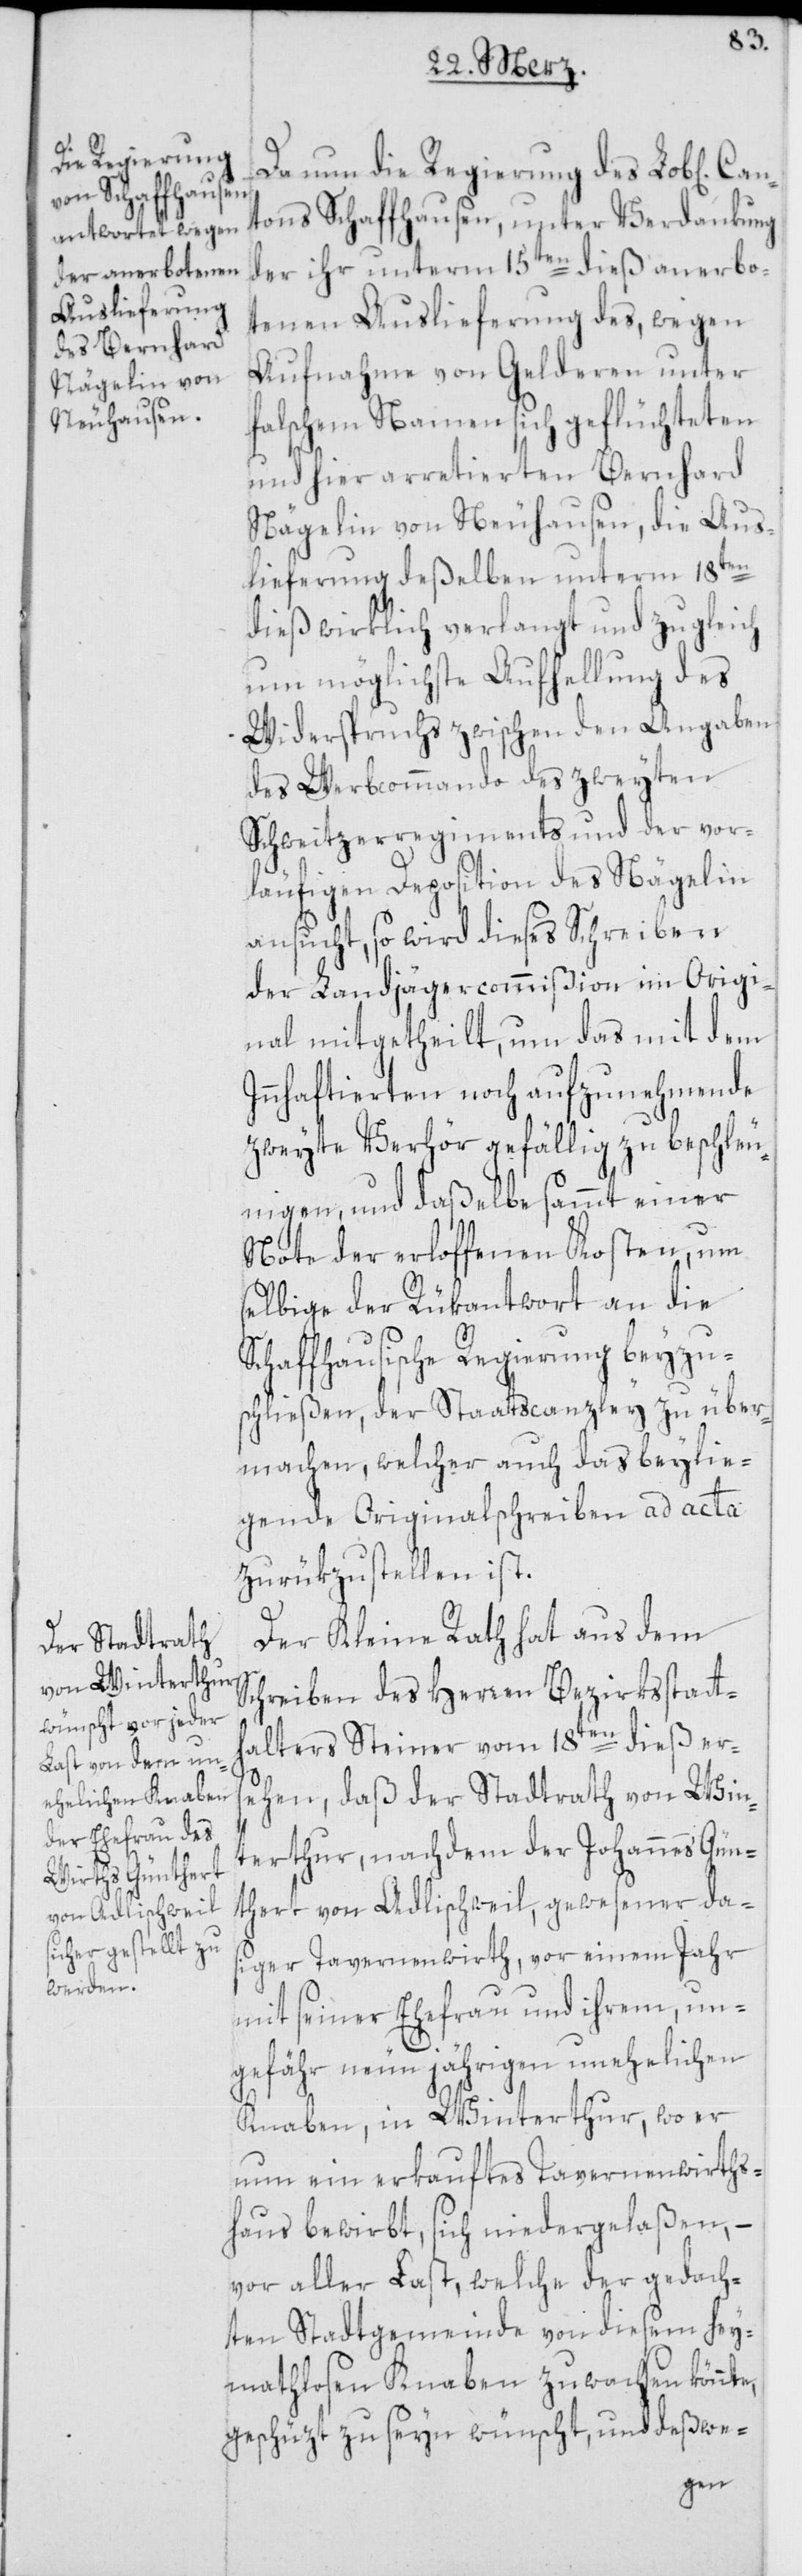
Can¬

Da nun die Regierung des Lob[lichen]
tons Schaffhausen, unter Verdankung
der ihr unterm 15ten dieß anerbo¬
tenen Auslieferung des, wegen
Aufnahme von Gelderen unter
falschem Namen sich geflüchteten
und hier arretierten Bernhard
Nägelin von Neuhausen, die Aus¬
lieferung deßelben unterm 18ten
dieß wirklich verlangt und zugleich
um möglichste Aufhellung des
Widerspruchs zwischen den Angaben
des Werbcommando des zweyten
Schweitzerregiments und der vor¬
läufigen Deposition des Nägelin
ansucht, so wird dieses Schreiben
der Landjägercommißion im Origi¬
nal mitgetheilt, um das mit dem
Innhaftierten noch aufzunehmende
zweyte Verhör gefällig zu beschleu¬
nigen, und daßelbe sammt einer
Note der erloffenen Kosten, um
selbige der Rükantwort an die
Schaffhausische Regierung beyzu¬
schließen, der Staatscanzley zu über¬
machen, welcher auch das beylie¬
gende Originalschreiben ad acta
zurükzustellen ist.
Der Kleine Rath hat aus dem
Schreiben des Herren Bezirksstatth¬
alters Steiner vom 18ten dieß ers¬
ehen, daß der Stadtrath von Win¬
terthur, nachdem der Johannes Gün¬
thert von Adlischweil, gewesener das¬
iger Tavernenwirth, vor einem Jahr
mit seiner Ehefrau und ihrem, un¬
gefähr neun jährigen unehelichen
Knaben, in Winterthur, wo er
nun ein erkauftes Tavernenwirths¬
haus bewirbt, sich niedergelaßen, –
vor aller Last, welche der gedach¬
ten Stadtgemeinde von diesem hey¬
mathlosen Knaben zuwachsen könnte,
geschüzt zu seyn wünscht, und deßwe-